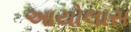
આયોલાસ